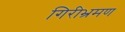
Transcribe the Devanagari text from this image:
गिरीभ्रमण